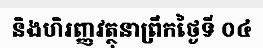
និងហិរញ្ញវត្ថុនាព្រឹកថ្ងៃទី ០៤